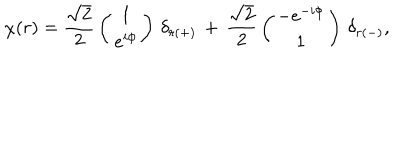
\chi ( r ) = \frac { \sqrt { 2 } } { 2 } \, \left( \begin{array} { c } { { 1 } } \\ { { e ^ { i \phi } } } \\ \end{array} \right) \, \delta _ { r ( + ) } \, + \, \frac { \sqrt { 2 } } { 2 } \, \left( \begin{array} { c } { { - e ^ { - i \phi } } } \\ { { 1 } } \\ \end{array} \right) \, \delta _ { r ( - ) } ,